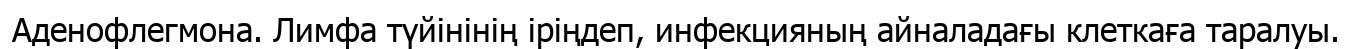
Аденофлегмона. Лимфа түйінінің іріңдеп, инфекцияның айналадағы клеткаға таралуы.